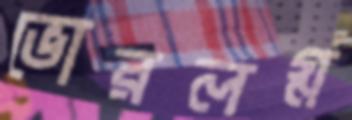
ভোরলগ্ন